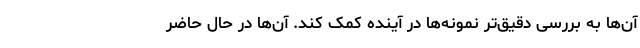
آن‌ها به بررسی دقیق‌تر نمونه‌ها در آینده کمک کند. آن‌ها در حال حاضر